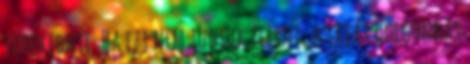
törekednie. Ha ezt nem tudjuk elérni, a saját dolgunkat